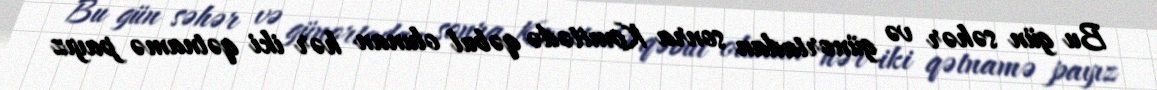
Bu gün səhər və günortadan sonra Komitədə qəbul olunan hər iki qətnamə payız